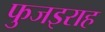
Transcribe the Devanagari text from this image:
फुजइराह